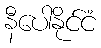
နီပေါနိုင်ငံ